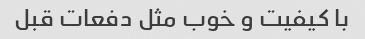
با کیفیت و خوب مثل دفعات قبل